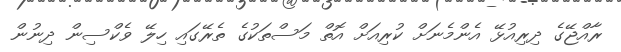
ރާއްޖޭގެ ދިރިއުޅޭ އެންމެނަށް ކުރިއަށް އޮތް މަސްތަކުގެ ތެރޭގައި ހިލޭ ވެކްސިން ދިނުން